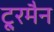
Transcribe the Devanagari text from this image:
टू्रमैन